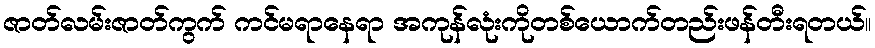
ဇာတ်လမ်းဇာတ်ကွက် ကင်မရာနေရာ အကုန်လုံးကိုတစ်ယောက်တည်းဖန်တီးရတယ်။